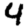
Digit: 4